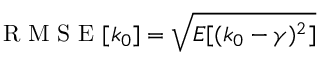
\mathrm { ~ R ~ M ~ S ~ E ~ } [ k _ { 0 } ] = \sqrt { E [ ( k _ { 0 } - \gamma ) ^ { 2 } ] }